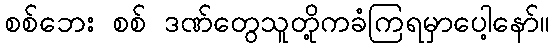
စစ်ဘေး စစ် ဒဏ်တွေသူတို့ကခံကြရမှာပေါ့နော်။